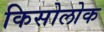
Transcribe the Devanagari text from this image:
किसोलोक